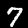
Digit: 7